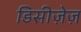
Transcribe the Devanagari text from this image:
डिसीज़ेज़